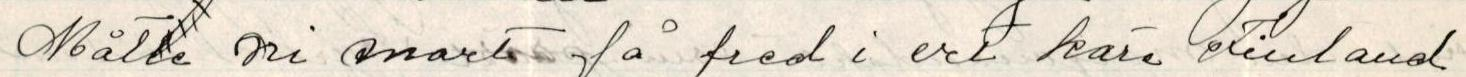
Måtte ni snart få fred i ert käre Finland